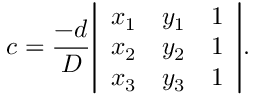
c = { \frac { - d } { D } } { \left| \begin{array} { l l l } { x _ { 1 } } & { y _ { 1 } } & { 1 } \\ { x _ { 2 } } & { y _ { 2 } } & { 1 } \\ { x _ { 3 } } & { y _ { 3 } } & { 1 } \end{array} \right| } .